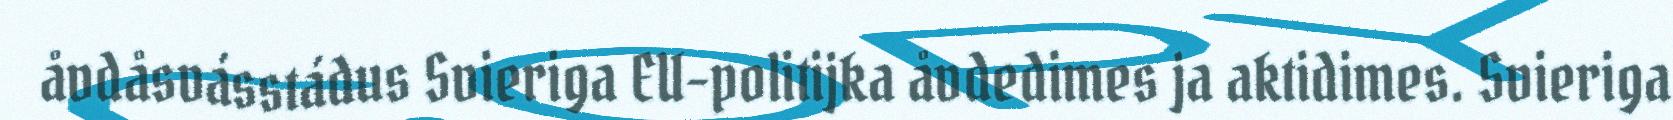
åvdåsvásstádus Svieriga EU-politijka åvdedimes ja aktidimes. Svieriga